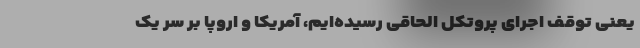
یعنی توقف اجرای پروتکل الحاقی رسیده‌ایم، آمریکا و اروپا بر سر یک